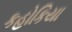
કહોકિયા